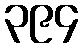
၃၉၄